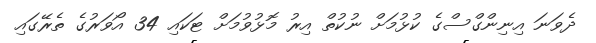
ދެވަނަ އިނިންގްސްގެ ކުޅުމަށް ނުކުތް އިރު މޮޅުވުމަށް ޓަކައި 34 އޯވަރުގެ ތެރޭގައި